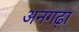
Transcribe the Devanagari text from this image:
अनगढ़ा